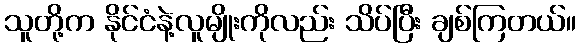
သူတို့က နိုင်ငံနဲ့လူမျိုးကိုလည်း သိပ်ပြီး ချစ်ကြတယ်။